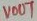
Text: VOUT